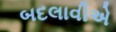
બદલાવીએ